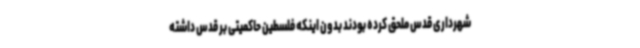
شهرداری قدس ملحق کرده بودند بدون اینکه فلسطین حاکمیتی بر قدس داشته